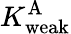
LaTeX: K_{\mathrm{weak}}^{\mathrm{A}}